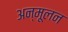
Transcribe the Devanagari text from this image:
अन्मूलन